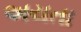
અયતા